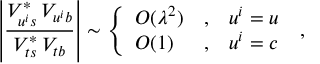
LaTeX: \left| \frac { V _ { u ^ { i } s } ^ { \ast } \, V _ { u ^ { i } b } } { V _ { t s } ^ { \ast } \, V _ { t b } } \right| \sim \left\{ \begin{array} { l c l } { { O ( \lambda ^ { 2 } ) } } & { { , } } & { { u ^ { i } = u } } \\ { { O ( 1 ) } } & { { , } } & { { u ^ { i } = c } } \end{array} \right. \; ,